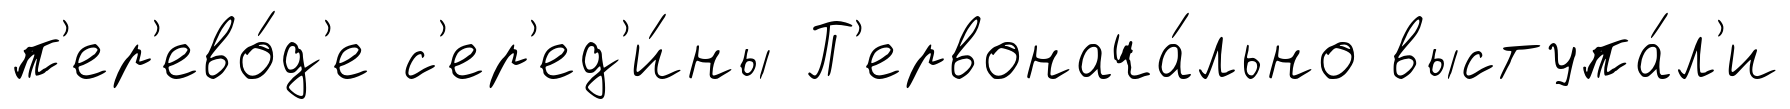
п'ер'ево́д'е с'ер'ед'и́ны П'ервонача́льно выступа́л'и